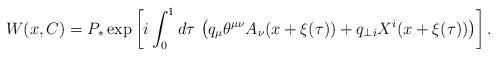
LaTeX: \begin{align*}W(x,C) = P_{\ast} \exp \left[ i \int_0^1 d \tau \,\left(q_{\mu} \theta^{\mu \nu} A_{\nu} (x + \xi (\tau))+ q_{\perp i} X^i ( x + \xi (\tau)) \right) \right].\end{align*}